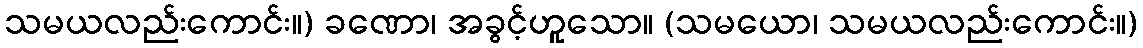
သမယလည်းကောင်း။) ခဏော၊ အခွင့်ဟူသော။ (သမယော၊ သမယလည်းကောင်း။)